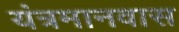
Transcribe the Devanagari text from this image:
यंत्रमानवास